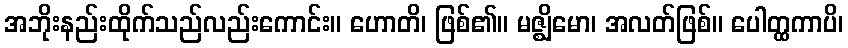
အဘိုးနည်းထိုက်သည်လည်းကောင်း။ ဟောတိ၊ ဖြစ်၏။ မဇ္ဈိမော၊ အလတ်ဖြစ်။ ပေါတ္ထကာပိ၊